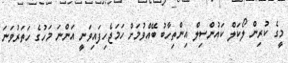
މީގެ ކުރިން ލޯކަލް ކައުންސިލް އިންތިހާބު ބޭއްވުމަށް ހަމަޖެހިފައިވަނީ އަންނަ މަހުގެ ހަތަރުވަނަ